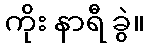
ကိုး နာရီ ခွဲ။